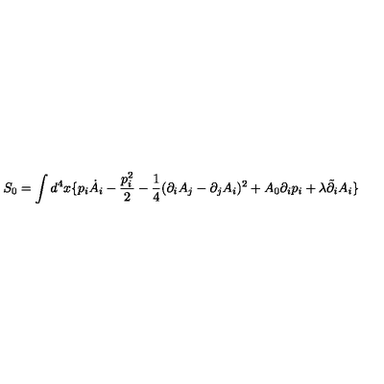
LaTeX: S _ { 0 } = \int d ^ { 4 } x \{ p _ { i } \dot { A } _ { i } - \frac { p _ { i } ^ { 2 } } { 2 } - \frac { 1 } { 4 } ( \partial _ { i } A _ { j } - \partial _ { j } A _ { i } ) ^ { 2 } + A _ { 0 } \partial _ { i } p _ { i } + \lambda \tilde { \partial } _ { i } A _ { i } \}